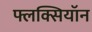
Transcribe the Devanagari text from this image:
फ्लक्सियॉन